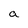
Character: a